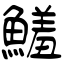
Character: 鱃